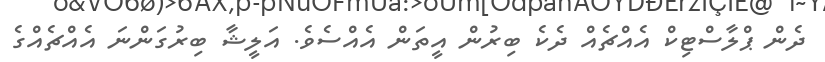
ދެން ޕްލާސްޓިކް އެއްޗެއް ދެކެ ބިރުން އީތަން އެއްސެވެ. އަލީޝާ ބިރުގަންނަ އެއްޗެއްގެ